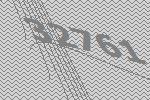
32761